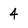
Character: 4